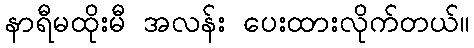
နာရီမထိုးမီ အလန်း ပေးထားလိုက်တယ်။